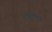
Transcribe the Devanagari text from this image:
स्टाइनवंडर